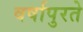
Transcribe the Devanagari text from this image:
वर्षापुरते